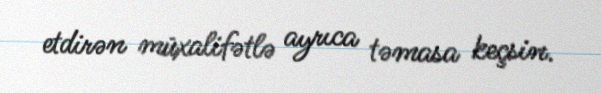
etdirən müxalifətlə ayrıca təmasa keçsin.